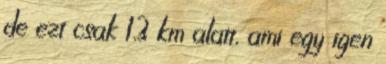
de ezt csak 1.3 km alatt, ami egy igen